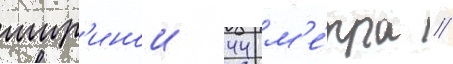
шир'инои 44 м'е́тра /